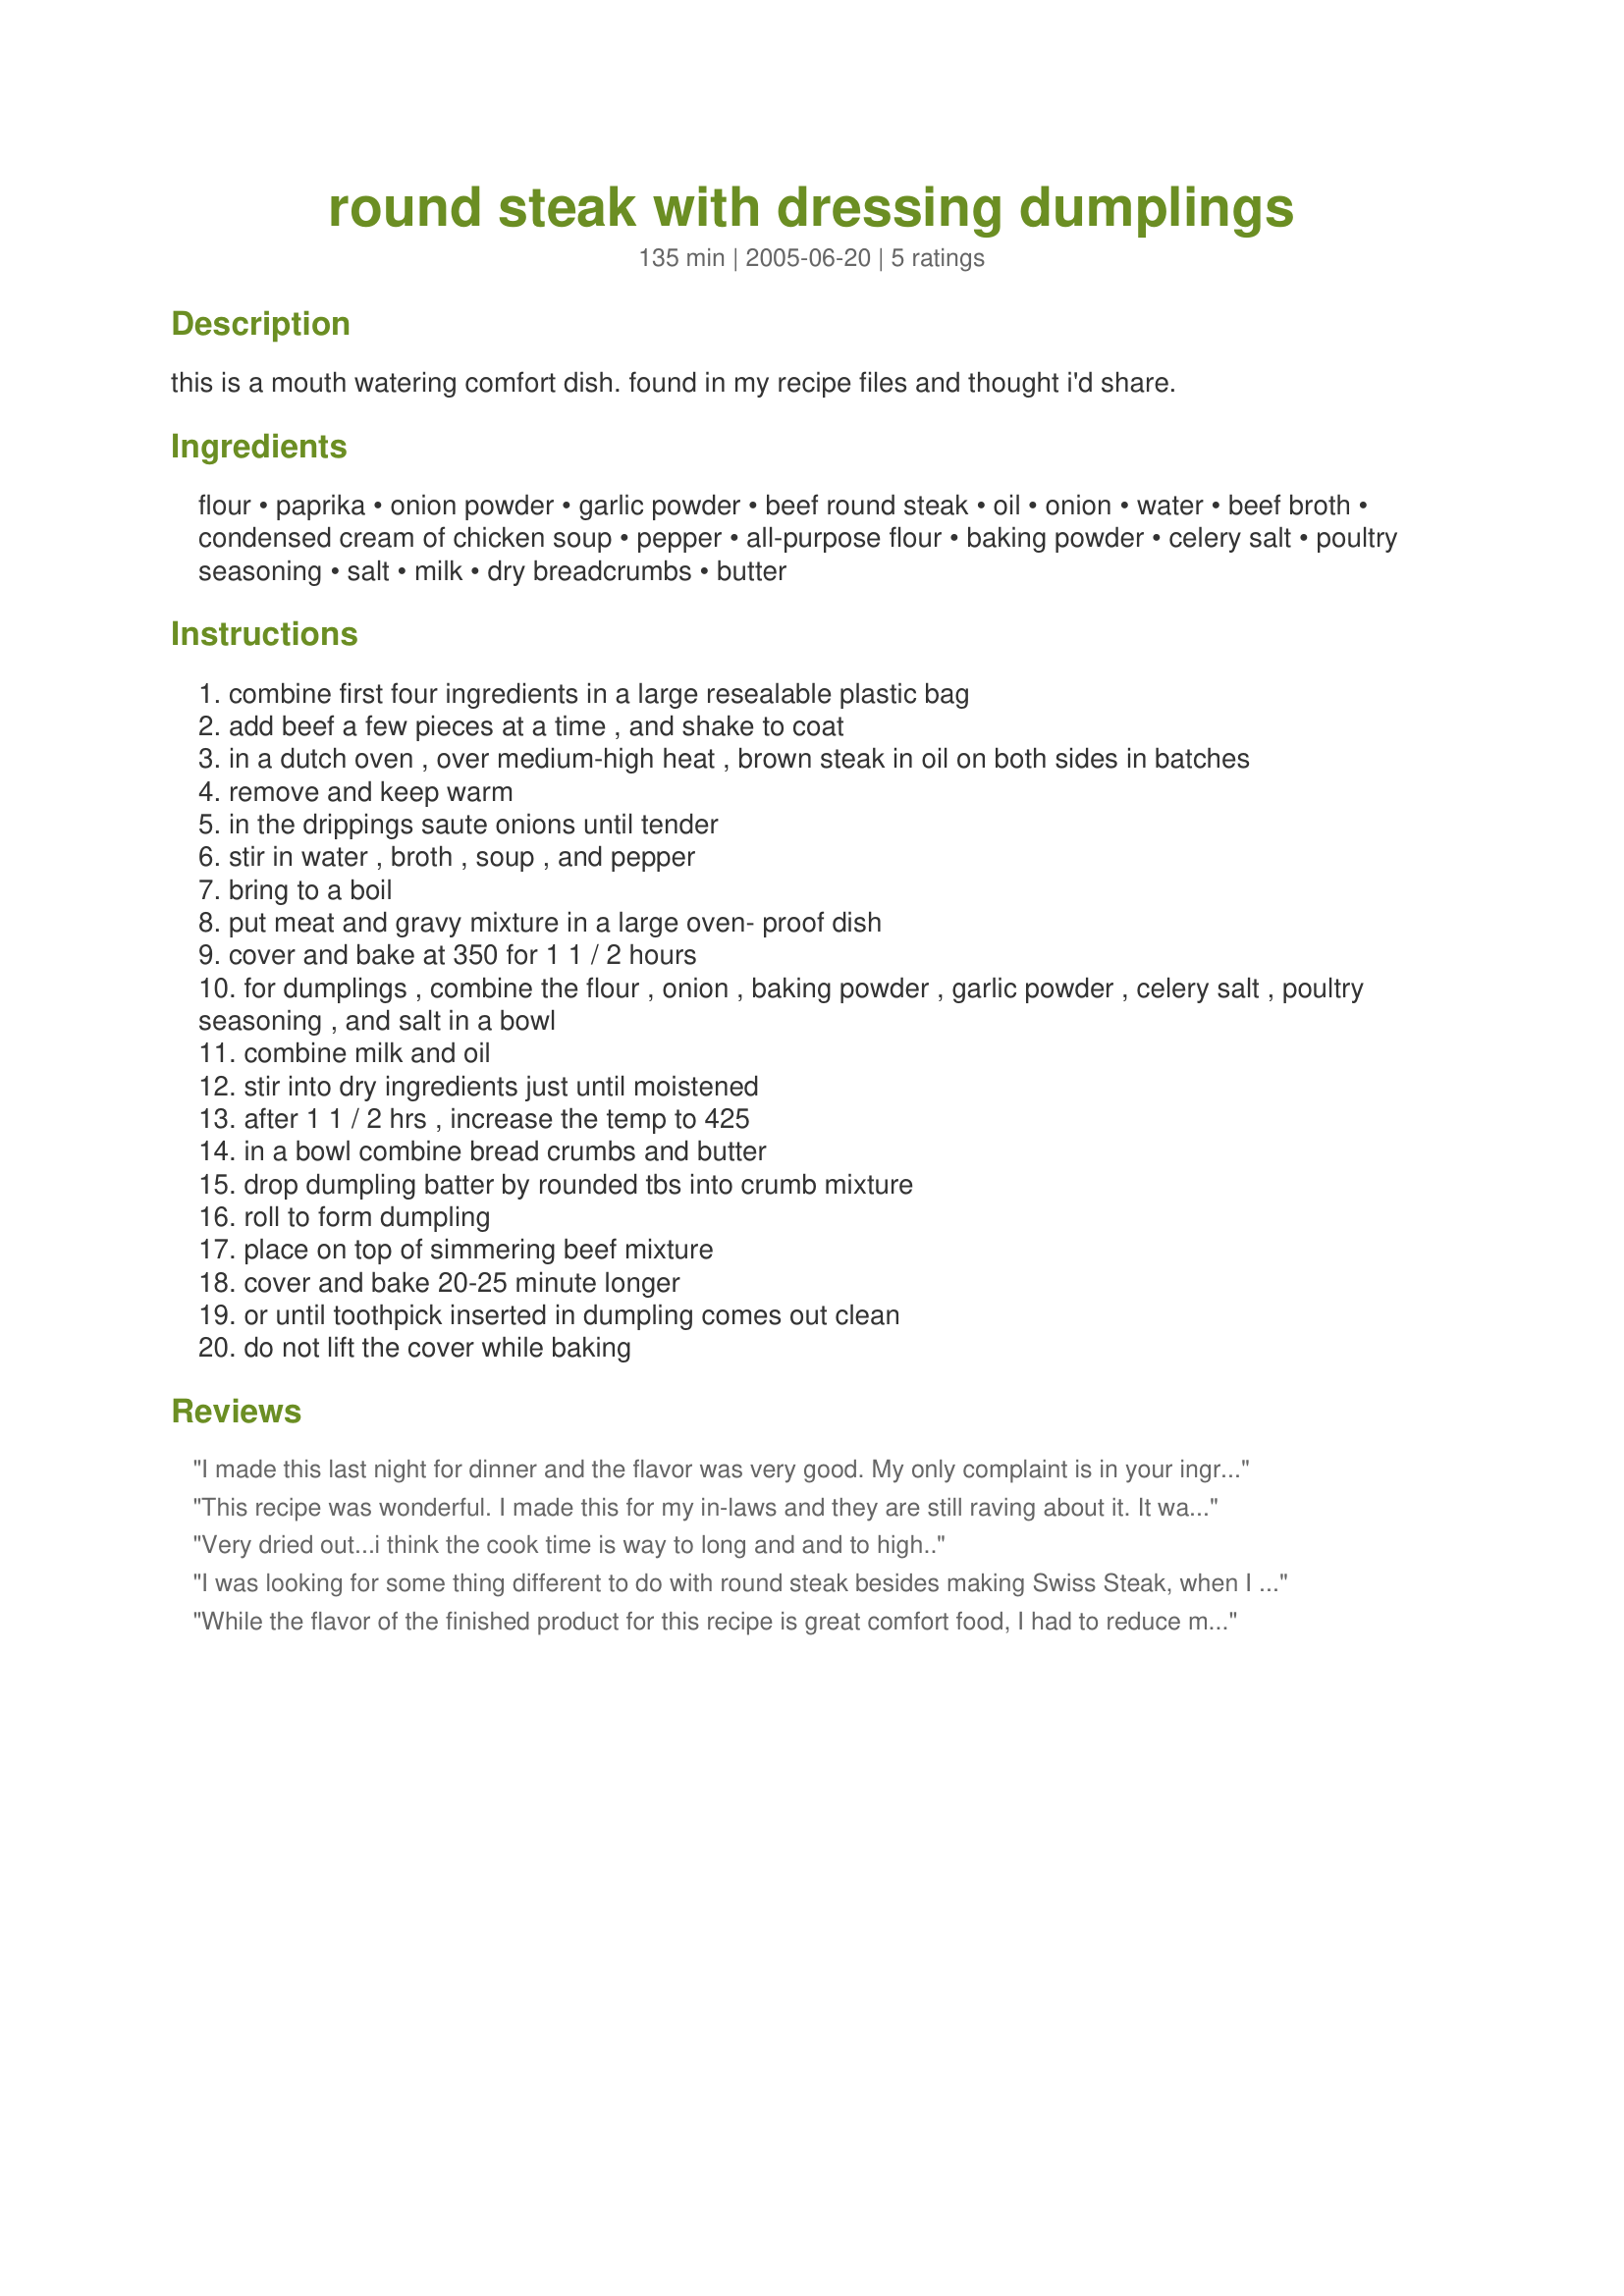
round steak with dressing dumplings
Preparation time: 135 minutes

this is a mouth watering comfort dish. found in my recipe files and thought i'd share.

Ingredients:
flour, paprika, onion powder, garlic powder, beef round steak, oil, onion, water, beef broth, condensed cream of chicken soup, pepper, all-purpose flour, baking powder, celery salt, poultry seasoning, salt, milk, dry breadcrumbs, butter

Steps:
combine first four ingredients in a large resealable plastic bag
add beef a few pieces at a time , and shake to coat
in a dutch oven , over medium-high heat , brown steak in oil on both sides in batches
remove and keep warm
in the drippings saute onions until tender
stir in water , broth , soup , and pepper
bring to a boil
put meat and gravy mixture in a large oven- proof dish
cover and bake at 350 for 1 1 / 2 hours
for dumplings , combine the flour , onion , baking powder , garlic powder , celery salt , poultry seasoning , and salt in a bowl
combine milk and oil
stir into dry ingredients just until moistened
after 1 1 / 2 hrs , increase the temp to 425
in a bowl combine bread crumbs and butter
drop dumpling batter by rounded tbs into crumb mixture
roll to form dumpling
place on top of simmering beef mixture
cover and bake 20-25 minute longer
or until toothpick inserted in dumpling comes out clean
do not lift the cover while baking

Reviews:
I made this last night for dinner and the flavor was very good. My only complaint is in your ingredients you don't list milk for the dumplings. It made so many dumplings that it soaked up all the gravy and then the meat became a little dry. When I make this again I will half the recipe for the dumplings to see if that makes a difference. The dumplings had an excellent flavor though. Just for a note for the dumplings I added 1-1/2 cups of milk for the dumplings.
This recipe was wonderful. I made this for my in-laws and they are still raving about it. It was so easy to make and served with a vegetable and rolls this meal was complete. Thank you for the great new idea.
Very dried out...i think the cook time is way to long and and to high..
I was looking for some thing different to do with round steak besides making Swiss Steak, when I found this recipe. I found it fairly easy to make. However, I did have to keep adding milk to get the dumplings form correctly. I do not not how much more I added as I would add a little and see if they would hold together. We were not able to eat the dish right away but when we did, it was still really good. Things that reheat well are a must in this household. The flavor was great. The meat moist and tender. I think that for us that we would try to make more gravy and since my husband loves mushrooms that they maybe a future added ingredient. A keeper for our house. Thank you for posting.
While the flavor of the finished product for this recipe is great comfort food, I had to reduce my star rating due to the missing milk amount for the dumplings. I had halved the recipe and used about 1/2 cup to stir together until just moistened. My breadcrumbs were homemade and created from a leftover roasted garlic baguette. Yum. Hubby will come home to a good, hot meal after a long day out in our blizzard conditions.***UPDATE***after my review, the recipe poster amended the recipe to include 1/2 cup milk for the dumplings. Since I had halved the recipe and used this amount before the correction, I guess my dumplings were more moist than they should have been.
